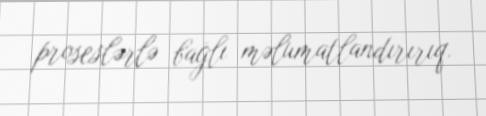
proseslərlə bağlı məlumatlandırırıq.